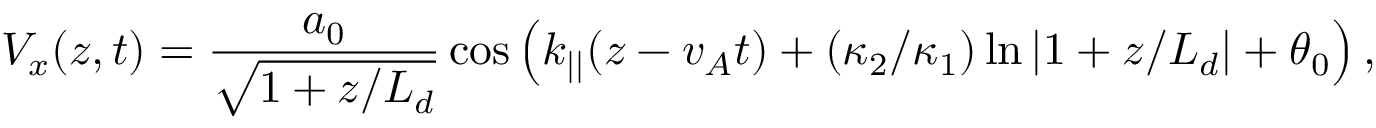
V _ { x } ( z , t ) = \frac { a _ { 0 } } { \sqrt { 1 + z / L _ { d } } } \cos \left( k _ { | | } ( z - v _ { A } t ) + ( \kappa _ { 2 } / \kappa _ { 1 } ) \ln \left| 1 + z / L _ { d } \right| + \theta _ { 0 } \right) ,